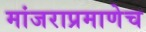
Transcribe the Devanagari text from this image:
मांजराप्रमाणेच